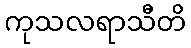
ကုသလရာသီတိ